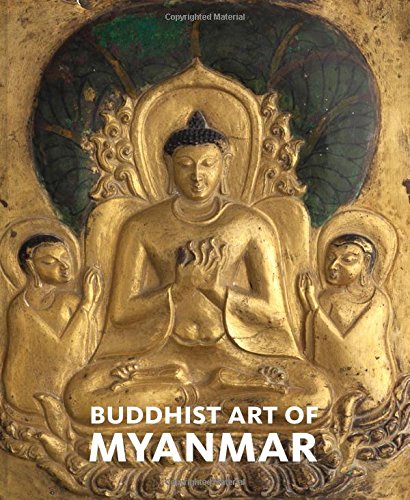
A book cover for Buddhist Art of Myanmar (Asia Society); Arts & Photography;